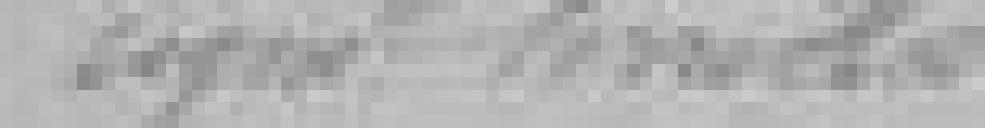
signé Senechal